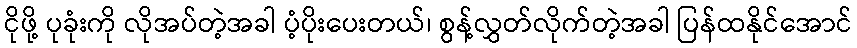
ငိုဖို့ ပုခုံးကို လိုအပ်တဲ့အခါ ပံ့ပိုးပေးတယ်၊ စွန့်လွှတ်လိုက်တဲ့အခါ ပြန်ထနိုင်အောင်